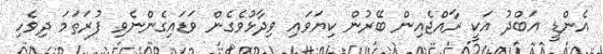
އެންޑީ އަބްދު އަކީ ރާއްޖެއިން ބޭރުން ކިޔަވައި ވިދާޅުވެގެން ވަޑައިގެންނެވި ފުރަތަމަ ދިވެހި